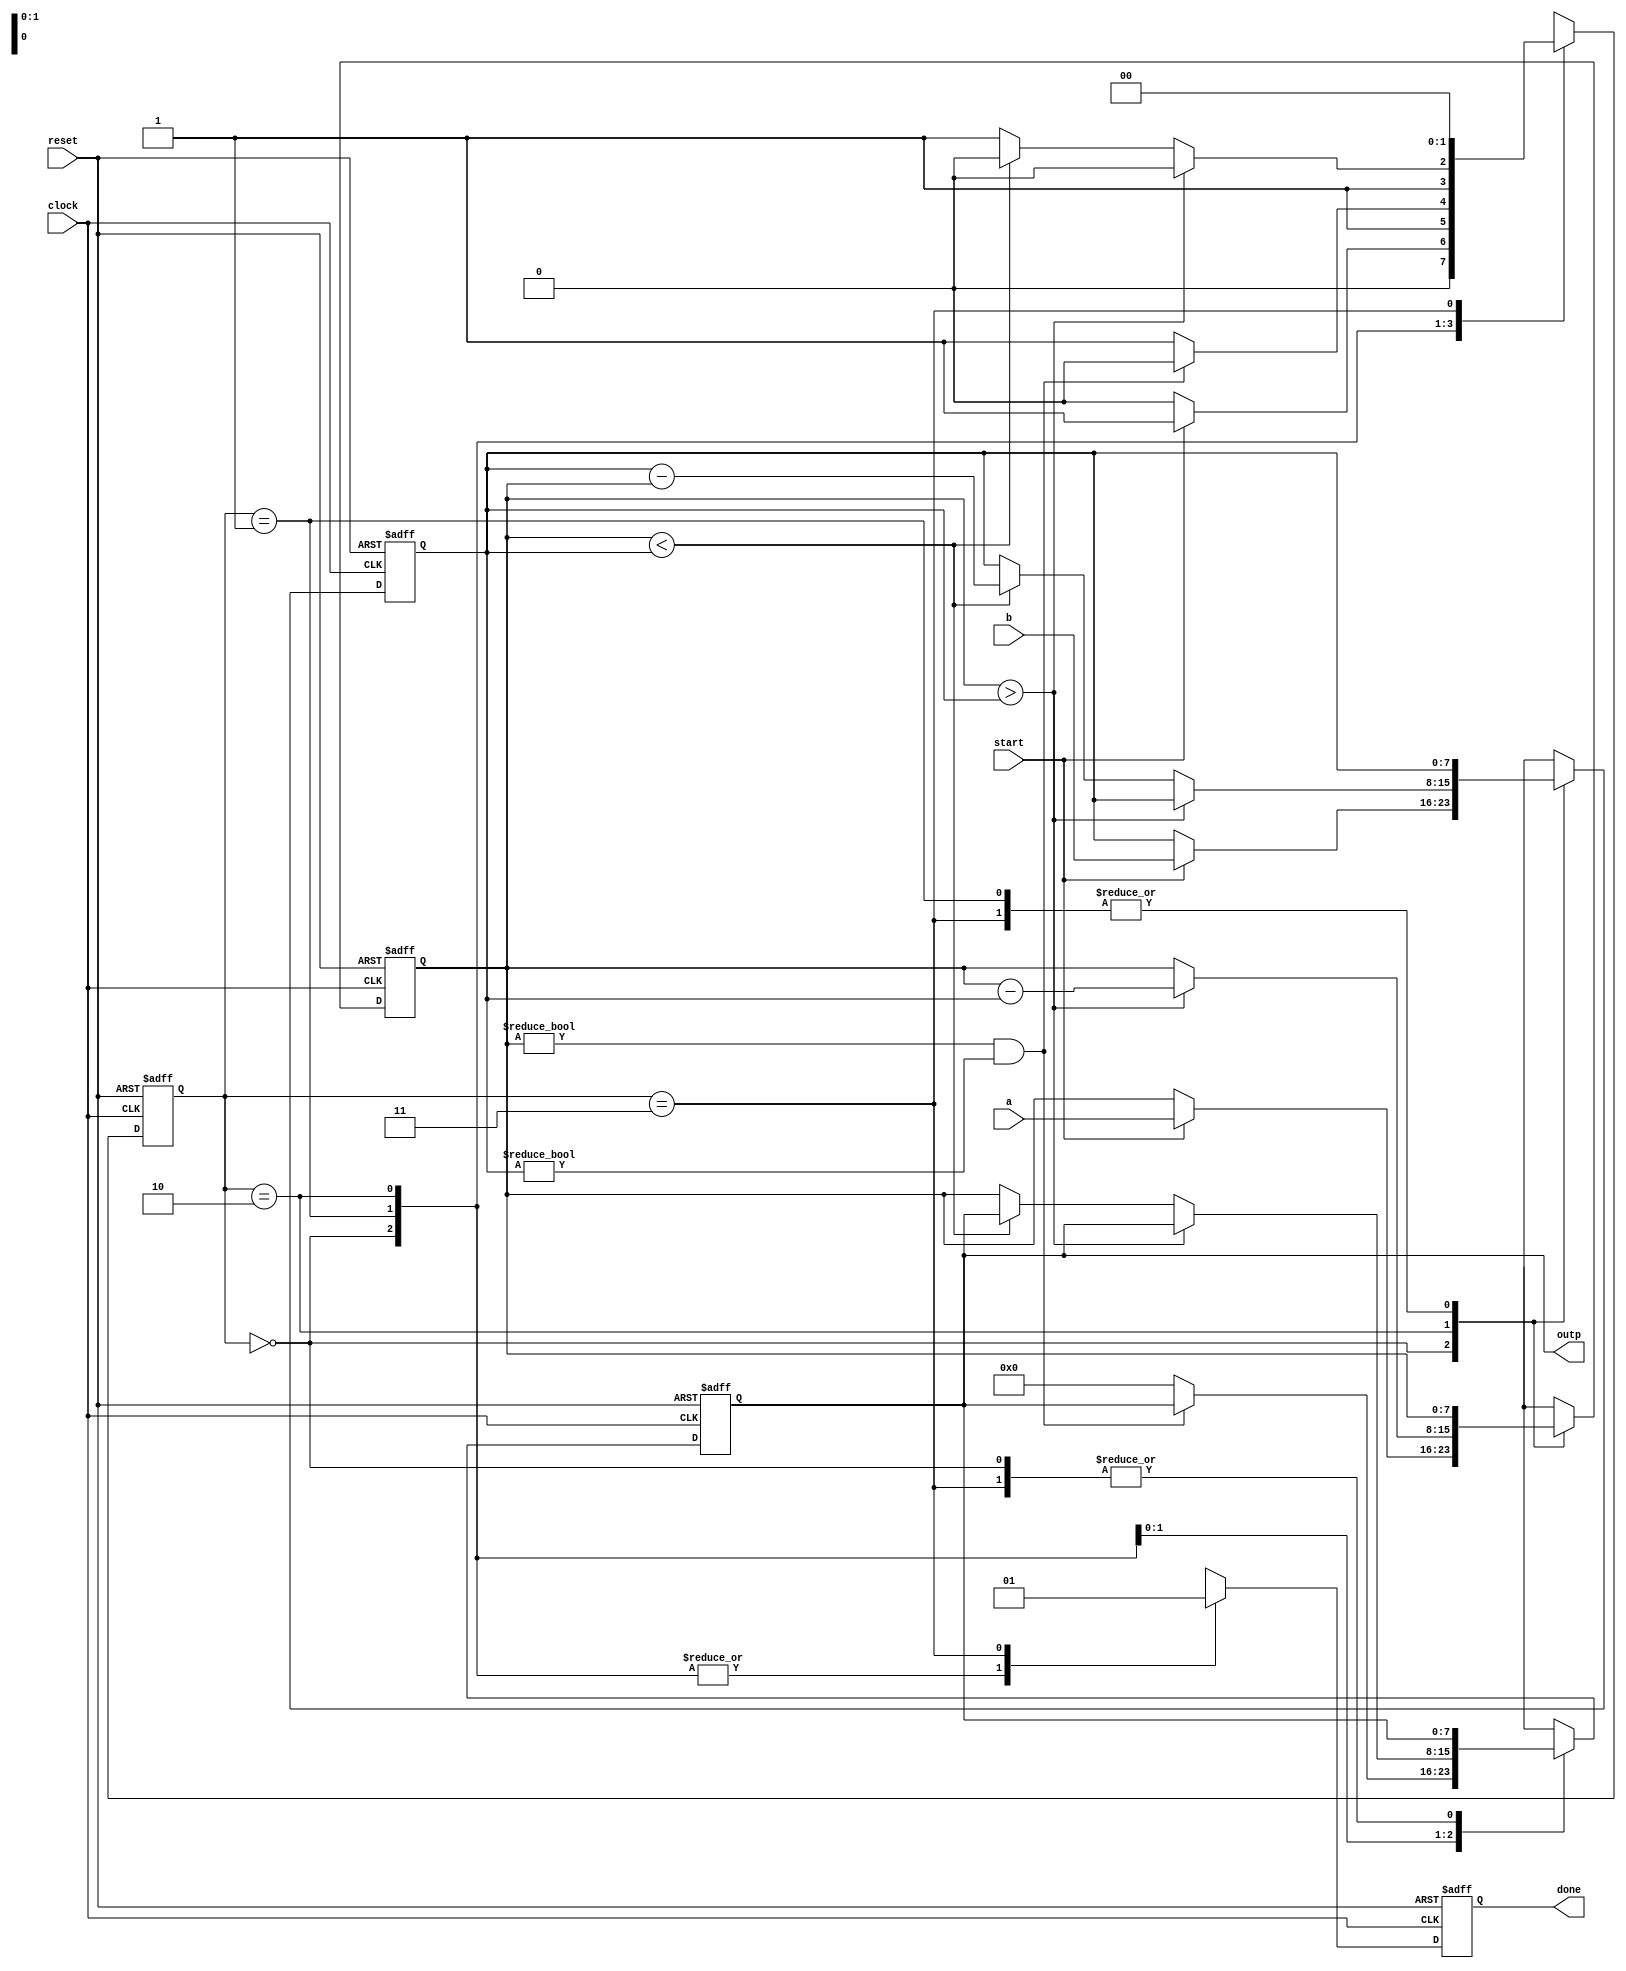
module gcd (
  clock, reset, start,
  a, b,
  outp, done);
  parameter WIDTH = 8;
  parameter s0 = 2'b00, s1 = 2'b01, s2 = 2'b10, s3 = 2'b11;
  input clock, reset, start;
  input [WIDTH-1:0] a, b;
  output [WIDTH-1:0] outp;
  output done;
  reg [WIDTH-1:0] outp;
  reg done;
  reg[1:0] state;
  reg [WIDTH-1:0] x, y;
  
  always @(posedge clock or posedge reset)
  begin
    done = 1'b0;
    if (reset) begin
      state = s0;
      x = 0;
      y = 0;
      done = 1'b0;
      outp = 0;
    end
    else begin
      case (state)
        s0: begin
          if (start) begin
            x = a;
            y = b;
            state = s1;
          end
          else
            state = s0;
        end
        s1: begin
          if (x != 0 && y != 0)
            state = s2;
          else begin
            outp = 0;
            state = s3;
          end
        end
        s2: begin
          if (x > y) begin
            x = x - y;
            state = s2;
          end
          else if (x < y) begin
            y = y - x;
            state = s2;
          end
          else begin
            outp = x;
            state = s3;
          end
        end
        s3: begin
          done = 1'b1;
          state = s0;
        end
      endcase
    end
  end

endmodule